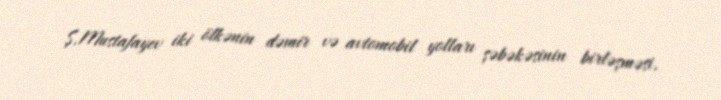
Ş.Mustafayev iki ölkənin dəmir və avtomobil yolları şəbəkəsinin birləşməsi,